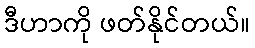
ဒီဟာကို ဖတ်နိုင်တယ်။